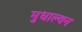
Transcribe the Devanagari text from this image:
मुधाल्वन